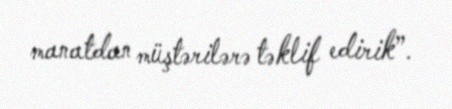
manatdan müştərilərə təklif edirik”.